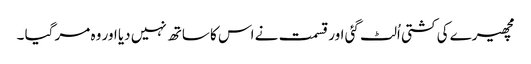
مچھیرے کی کشتی اُلٹ گئی اور قسمت نے اس کا ساتھ نہیں دیا اور وہ مر گیا ۔